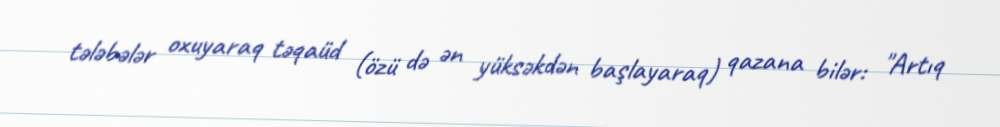
tələbələr oxuyaraq təqaüd (özü də ən yüksəkdən başlayaraq) qazana bilər: "Artıq